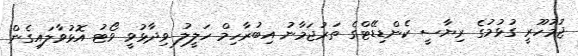
ޖުމުހޫރީ ގުޅުމުގެ ރިޔާސީ ކެންޑިޑޭޓްގެ ތަރުޖަމާނު އިބުރާހިމް ހަލީލު ވިދާޅުވީ ވޯޓު އޮޅުވާލައިގެން